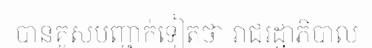
បានគូសបញ្ជាក់ទៀតថា រាជរដ្ឋាភិបាល